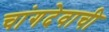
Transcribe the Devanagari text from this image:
चांगदेवाची